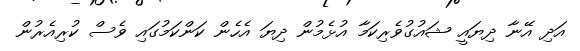
އަދި އޭނާ ދިޔައީ ޝައުގުވެރިކަމާ އުޅެމުން ދިޔަ އެހެން ކަންކަމުގައި ވެސް ކުރިއެރުން